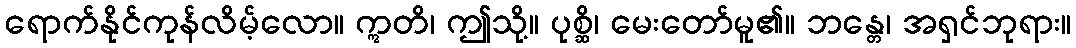
ရောက်နိုင်ကုန်လိမ့်လော။ ဣတိ၊ ဤသို့။ ပုစ္ဆိ၊ မေးတော်မူ၏။ ဘန္တေ၊ အရှင်ဘုရား။